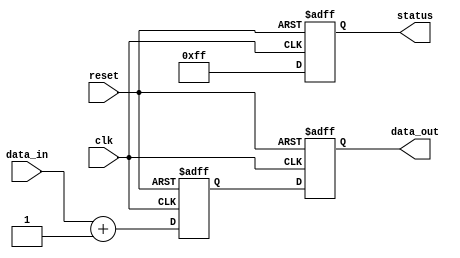
module behavioral_modeling_example (
    input wire clk,
    input wire reset,
    input wire [7:0] data_in,
    output reg [7:0] data_out,
    output reg [7:0] status
);

// Internal registers
reg [7:0] temp_data;
reg [7:0] computed_value;

// Task to compute a value based on input data
task compute_value;
    input [7:0] in_data;
    begin
        // Example computation: simple addition
        computed_value <= in_data + 8'h1; // Increment input data by 1
    end
endtask

// Task to update the output and status
task update_signals;
    begin
        // Assign computed value to output and status signal
        data_out <= computed_value;
        status <= 8'hFF; // Example status update
    end
endtask

// Always block to handle clock and reset
always @(posedge clk or posedge reset) begin
    if (reset) begin
        // Reset all registers on reset signal
        temp_data <= 8'h00;
        data_out <= 8'h00;
        status <= 8'h00;
        computed_value <= 8'h00;
    end else begin
        // Invoke the compute_value task with data_in
        compute_value(data_in);
        
        // Invoke the update_signals task to update outputs
        update_signals();
    end
end

endmodule